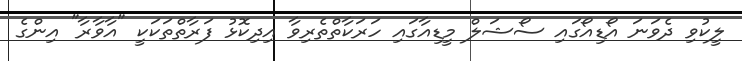
ލީކުވި ދެވަނަ އޯޑިއޯގައި ސޯޝަލް މީޑިއާގައި ހަރަކާތްތެރިވާ އިދިކޮޅު ފަރާތްތަކަކީ "އާވާރާ" އިންގެ